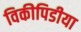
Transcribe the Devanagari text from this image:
विकीपिडीया